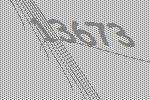
13673